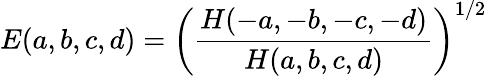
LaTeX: E(a,b,c,d)=\left(\frac{H(-a,-b,-c,-d)}{H(a,b,c,d)}\right)^{1/2}